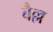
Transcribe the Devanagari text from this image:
बैल्ल